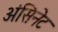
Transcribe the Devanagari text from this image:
अंसिनेट